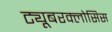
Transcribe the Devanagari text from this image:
ट्यूबरक्लोसिस